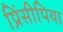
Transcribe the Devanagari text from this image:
प्रिंसीपिया